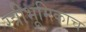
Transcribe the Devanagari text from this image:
स्त्रीभूमिकाच